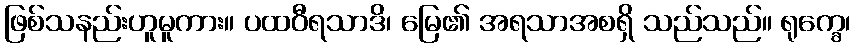
ဖြစ်သနည်းဟူမူကား။ ပထဝီရသာဒိ၊ မြေ၏ အရသာအစရှိ သည်သည်။ ရုက္ခေ၊